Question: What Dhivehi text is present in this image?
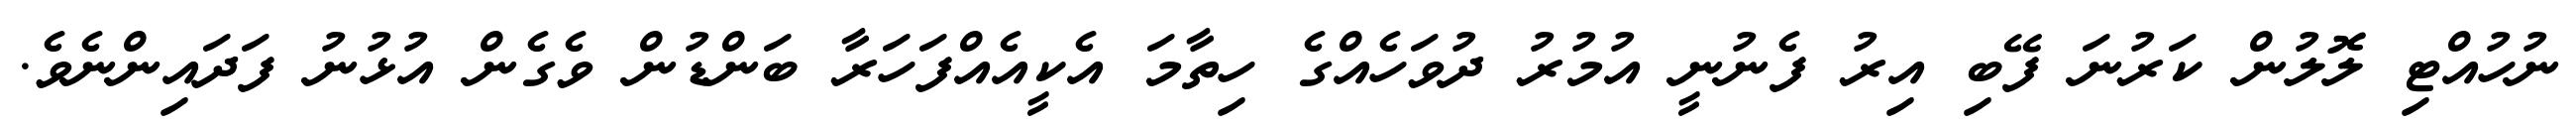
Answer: ނުހުއްޓި ލޮލުން ކަރުނަ ފޭބި އިރު ފެނުނީ އުމުރު ދުވަހެއްގެ ހިތާމަ އެކީއެއްފަހަރާ ބަންޑުން ވެގެން އުޅުނު ފަދައިންނެވެ.